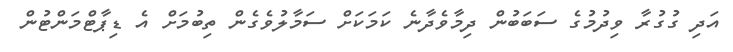
އަދި ގުގުރާ ވިދުމުގެ ސަބަބުން ދިމާވެދާނެ ކަމަކަށް ސަމާލުވެގެން ތިބުމަށް އެ ޑިޕާޓްމަންޓުން